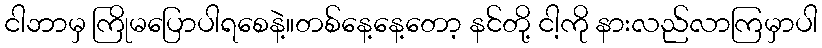
ငါဘာမှ ကြိုမပြောပါရစေနဲ့။တစ်နေ့နေ့တော့ နင်တို့ ငါ့ကို နားလည်လာကြမှာပါ